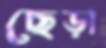
ছেড়া